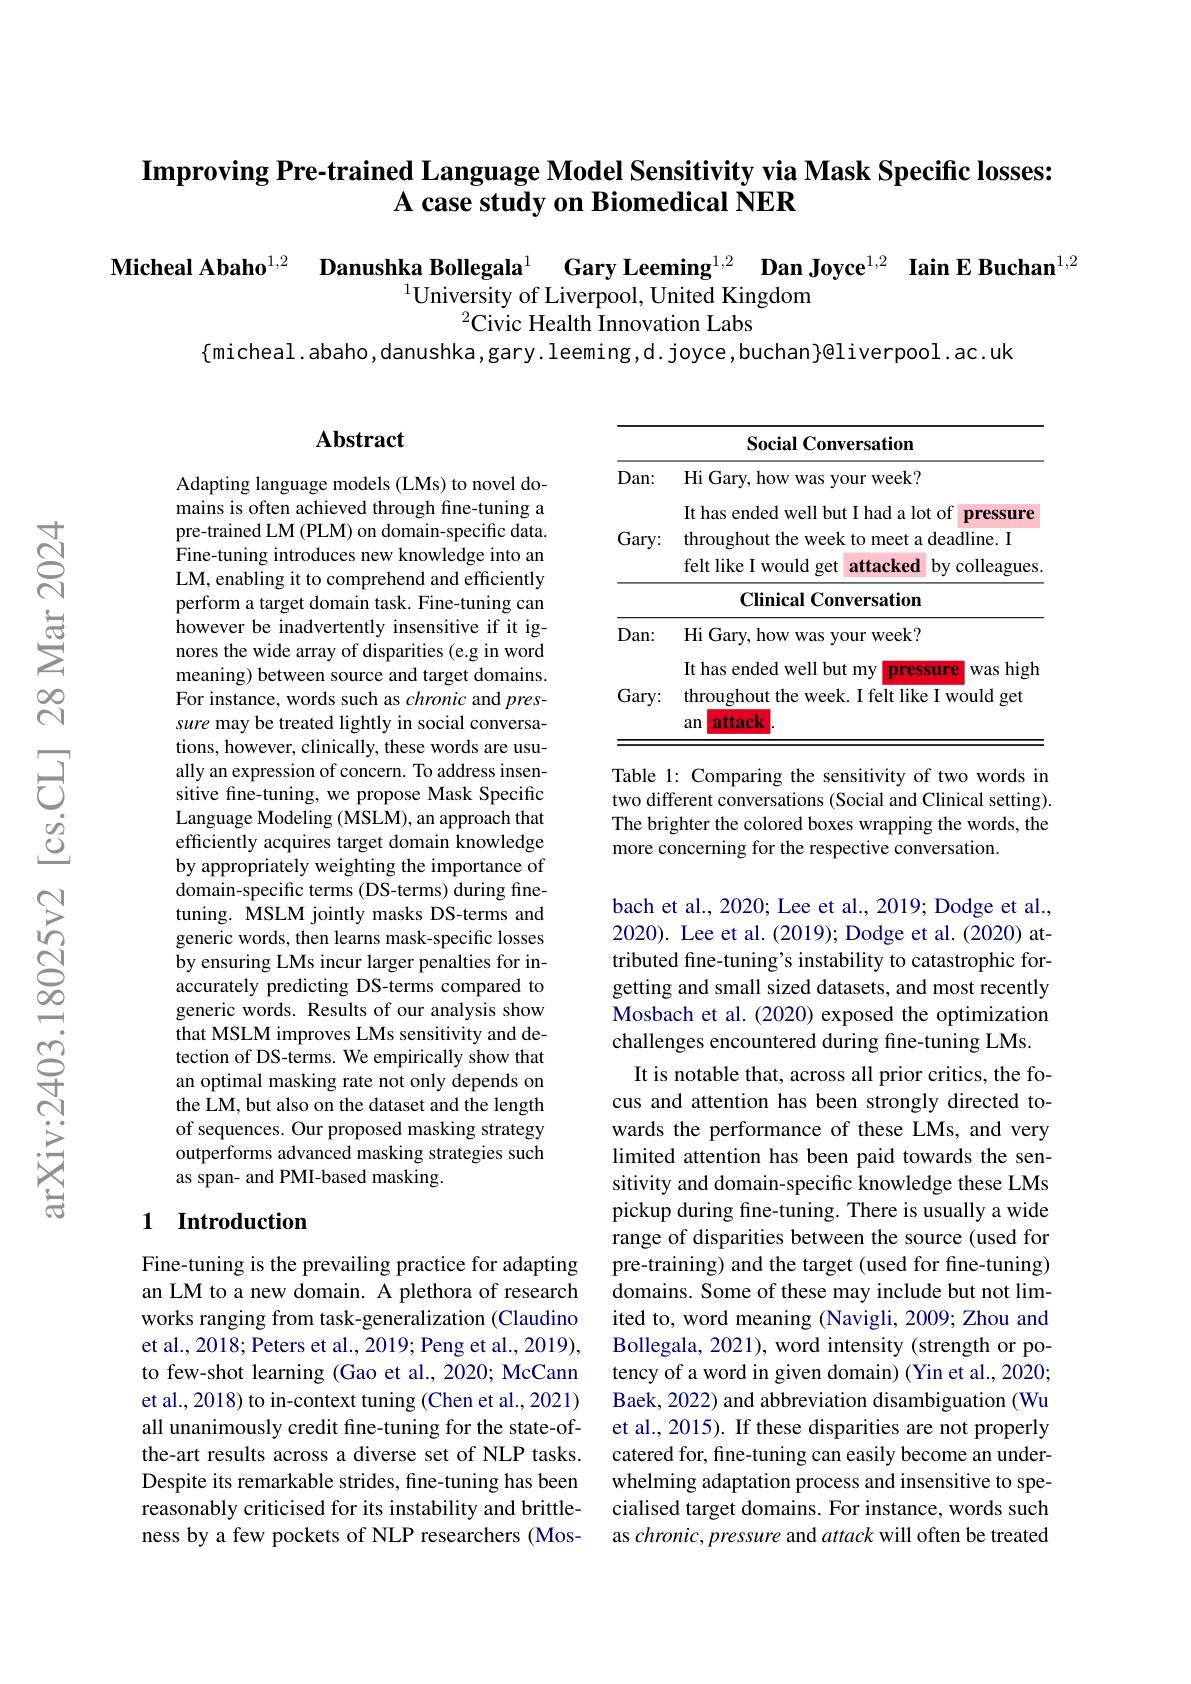
## $\textbf{Improving Pre- trained Language Model Sensitivity via Mask Specific losses: }$ A case study on Biomedical NER

Micheal Abaho$^{1,2}$ Danushka Bollegala$^{1}$ Gary Leeming$^{1,2}$ Dan Joyce$^{1,2}$ Iain E Buchan$^{1,2}$
$^{1}$University of Liverpool, United Kingdom
$^{2}$Civic Health Innovation Labs

$\{$micheal. abaho, danushka, gary. leeming, d. joyce, buchan}gliverpool. ac. uk

## $\mathbf{Abstract}$

<table>
	<tbody>
		<tr>
			<th> </th>
			<th>Social Conversation</th>
		</tr>
		<tr>
			<td>$Dan:$ Gary:</td>
			<td>Hi Gary, how was your week? It has ended well but I had a lot of pressure throughout the week to meet a deadline felt like I would get 1 attacked 1 by colleagues</td>
		</tr>
		<tr>
			<td> </td>
			<td>Clinical Conversation</td>
		</tr>
		<tr>
			<td>Dan:</td>
			<td>Hi Gary, how was your week? It has ended well but mv pressure was high</td>
		</tr>
		<tr>
			<td>Gary:</td>
			<td>throughout the week. I felt like I wou an attack</td>
		</tr>
		<tr>
			<td> </td>
			<td>an attack</td>
		</tr>
	</tbody>
</table>

Table 1: Comparing the sensitivity of two words in two different conversations (Social an The brighter the colored boxes wrapping the words, the more concerning for the respective conversation.

Adapting language models (LMs) to nove mains is often achieved through fine-tuning a pre-trained LM (PLM) on domain-specific data. Fine-tuning introduces new knowledge into an LM, enabling it to comprehend and efficiently perform a target domain task. Fine-tuning can however be inadvertently insensitive if it ignores the wide array of disparities (e.g in word meaning) between source and target domains. For instance, words such as chronic an sure may be treated lightly in social conversations, however, clinically, these words are usually an expression of concern. To address insensitive fine-tuning, we propose Mask Specific Language Modeling (MSLM), an approach that efficiently acquires target domain knowledge by appropriately weighting the importance of domain-specific terms (DS-terms) during finetuning. $\hat{\text{MSLM jointly masks DS-terms and}}$ generic words, then learns mask-specific losses by ensuring LMs incur larger penalties for inaccurately predicting DS-terms compared to generic words. Results of our analysis show that MSLM improves LMs sensitivity and detection of DS-terms. We empirically sh an optimal masking rate not only depends on the $\hat{\mathrm{LM,but~also~on~the~dataset~and~the~length}}$ of sequences. Our proposed masking strategy outperforms advanced masking strategies such as span- and PMI-based masking.

bach et al., 2020; Lee et al., 2019; Dodge et al., 2020). Lee et al.(2019); Dodge et al.(2020) attributed fine-tuning's instability to catastrophic forgetting and small sized datasets, and Mosbach et al. (2020) exposed the optimization challenges encountered during fine-tuning LMs. It is notable that, across all prior c cus and attention has been strongly directed towards the performance of these LMs, and very limited attention has been paid towards the sensitivity and domain-specific knowledge these LMs pickup during fine-tuning. There is usually a wide range of disparities between the source (used for pre-training) and the target (used for fine-tuning) domains. Some of these may include but not limited to, word meaning (Navigli, 2009; Bollegala, 2021), word intensity (strength or potency of a word in given domain) (Yin et al., 2020; Baek, 2022) and abbreviation disambigu et al., 2015). If these disparities are not properly catered for, fine-tuning can easily become an underwhelming adaptation process and insensitive to specialised target domains. For instance, words such as chronic, pressure and attack will often be treated

## 1 Introduction

Fine-tuning is the prevailing practice for adapting an LM to a new domain. A plethora of research works ranging from task-generalization et al., 2018; Peters et al., 2019; Peng et al., 2019), to few-shot learning (Gao et al., 2020; McCann et al., 2018) to in-context tuning (Chen et al., 2021) all unanimously credit fine-tuning for the state-ofthe-art results across a diverse set of NLP tasks. Despite its remarkable strides, fine-tuning has been reasonably criticised for its instability and brittleness by a few pockets of NLP researchers (Mos-